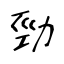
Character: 勁